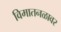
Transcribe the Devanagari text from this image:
विमातनळावर